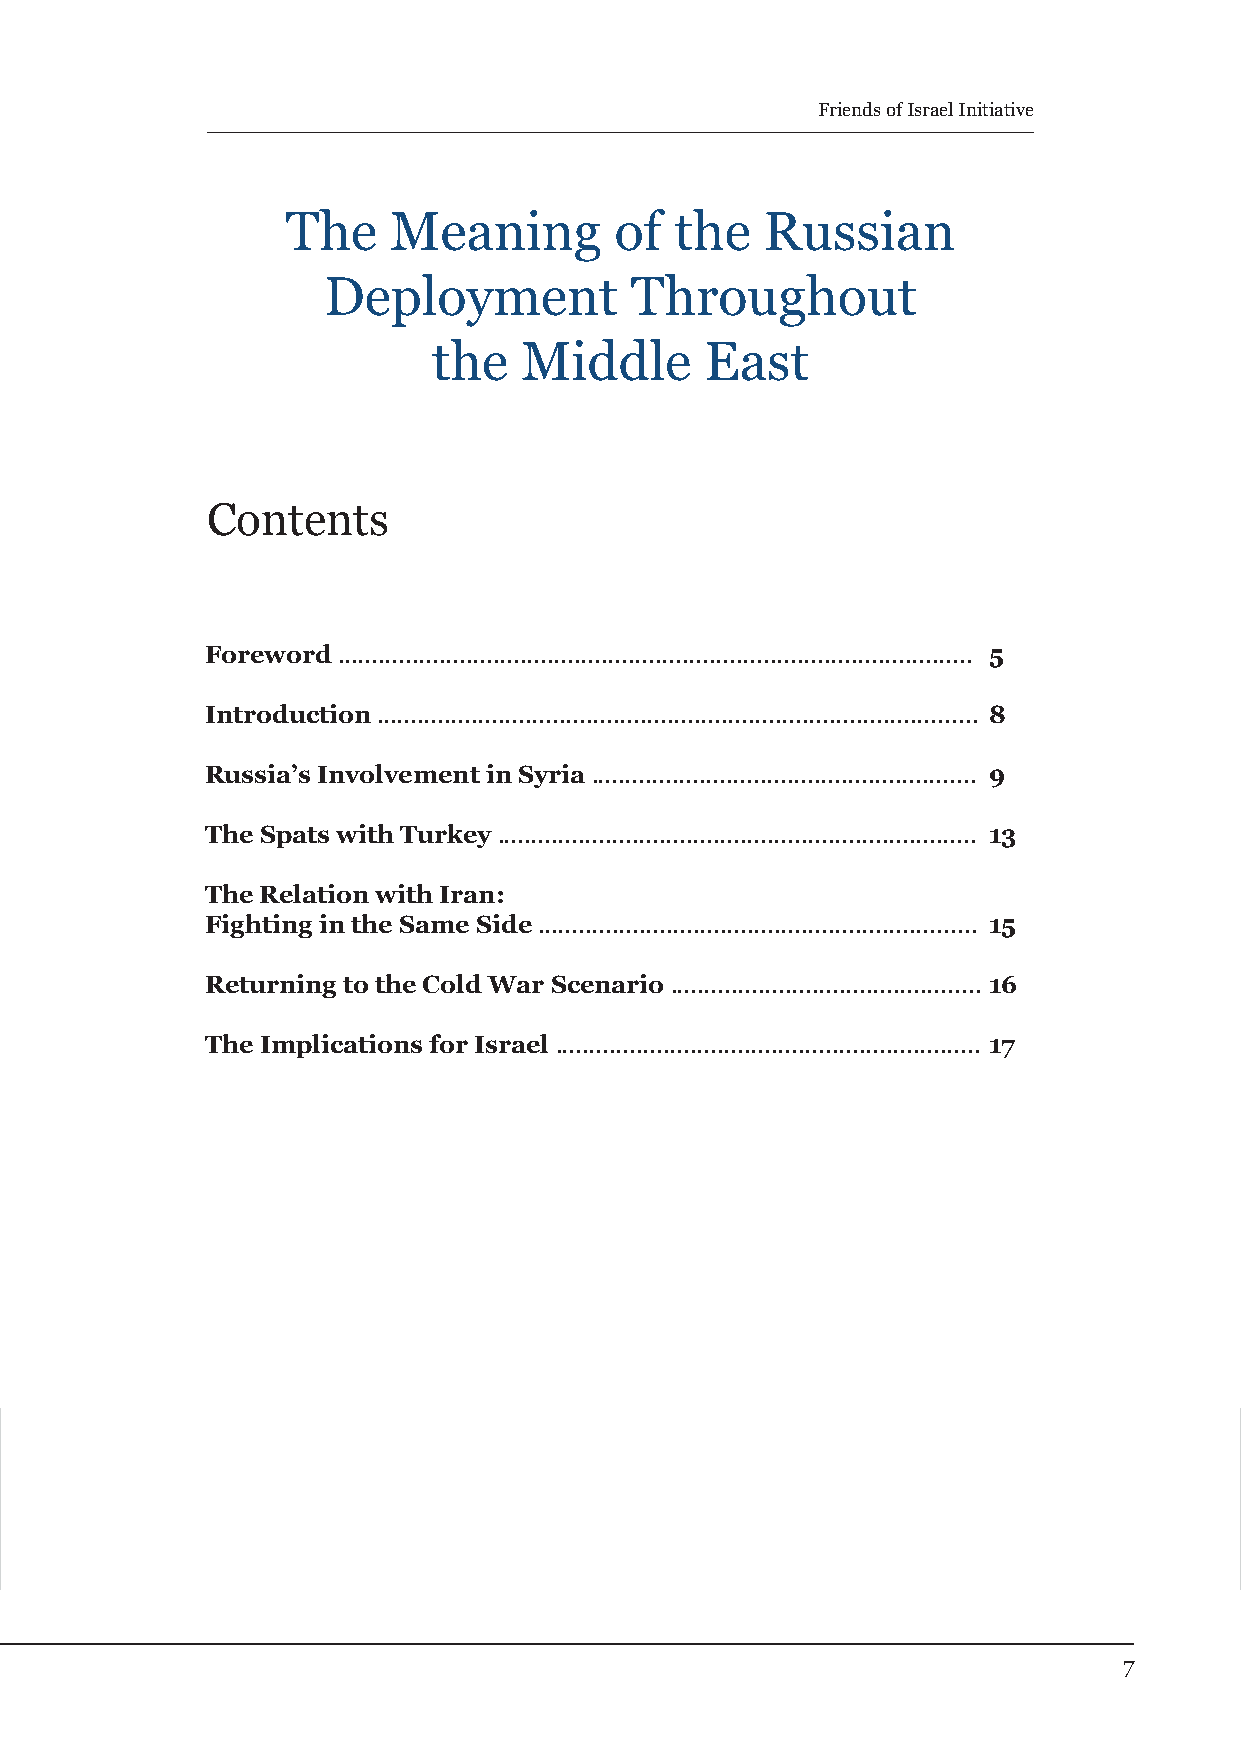
Friends of Israel Initiative
 The    Meaning        of  the   Russi   an
 Deployment           Throughout
 the  Middle       East
 Contents
 Foreword .............................................................................................. 5
 Introduction ......................................................................................... 8
 Russia’s Involvement in Syria ......................................................... 9
 The Spats with Turkey ....................................................................... 13
 The Relation with Iran:
 Fighting in the Same Side ................................................................. 15
 Returning to the Cold War Scenario .............................................. 16
 The Implications for Israel ............................................................... 17
 7